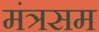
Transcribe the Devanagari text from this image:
मंत्रसम